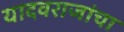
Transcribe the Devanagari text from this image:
यादवराजांचा